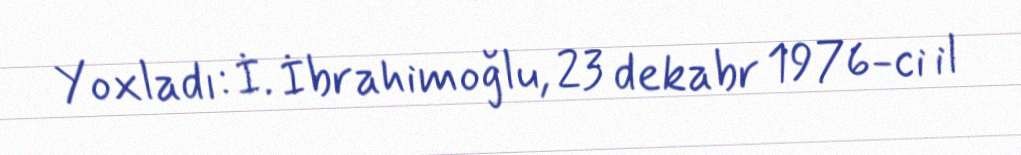
Yoxladı: İ. İbrahimoğlu, 23 dekabr 1976-ci il